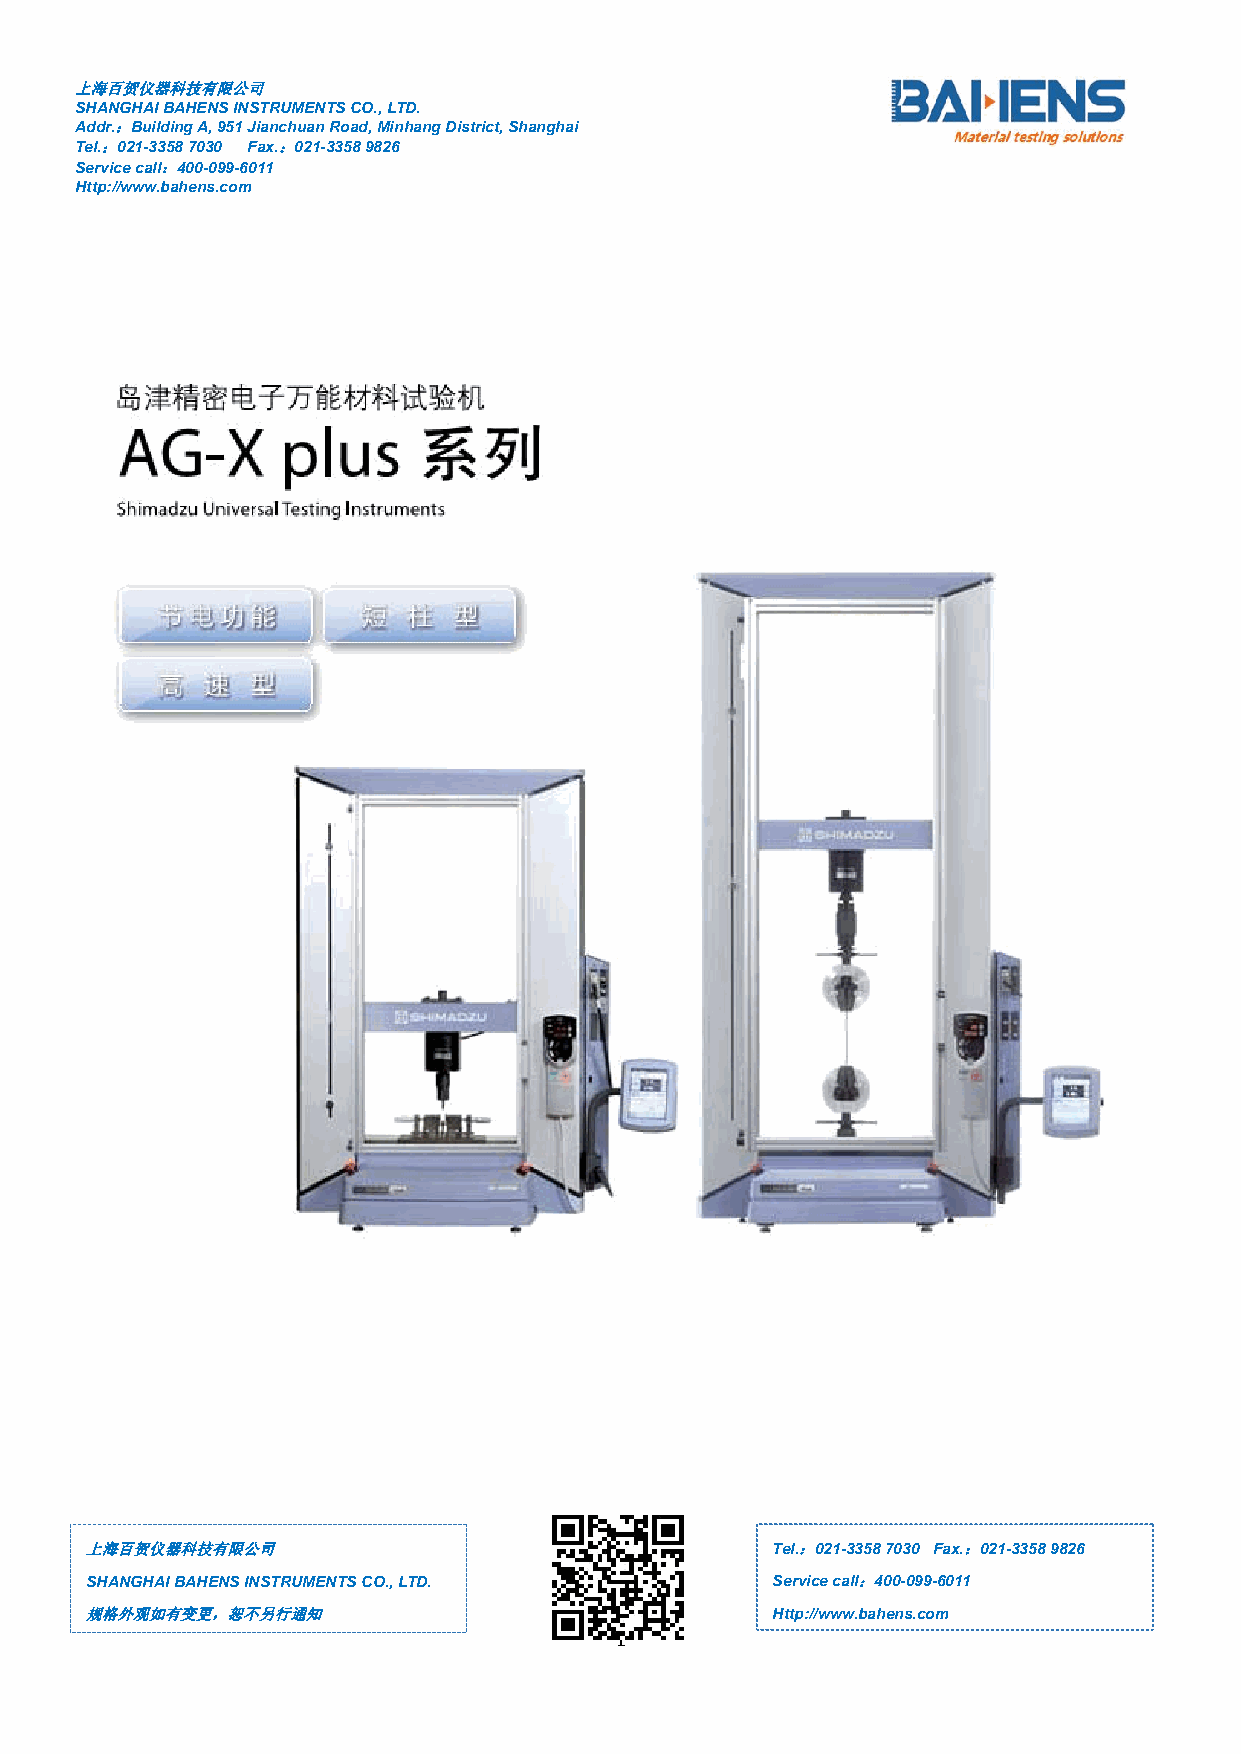
上海百贺仪器科技有限公司
 SHANGHAIBAHENSINSTRUMENTSCO.,LTD.
 Addr.：BuildingA,951JianchuanRoad,MinhangDistrict,Shanghai
 Tel.：021-33587030 Fax.：021-33589826
 Servicecall：400-099-6011
 Http://www.bahens.com
 上海百贺仪器科技有限公司                                 Tel.：021-33587030 Fax.：021-33589826
 SHANGHAIBAHENSINSTRUMENTSCO.,LTD.            Servicecall：400-099-6011
 规格外观如有变更，恕不另行通知                              Http://www.bahens.com
 1